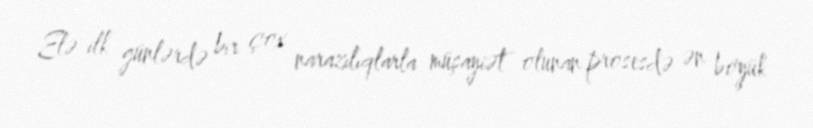
Elə ilk günlərdə bir çox narazılıqlarla müşayiət olunan prosesdə ən böyük